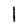
Character: l